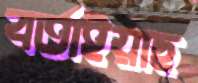
বর্তাইয়াছ